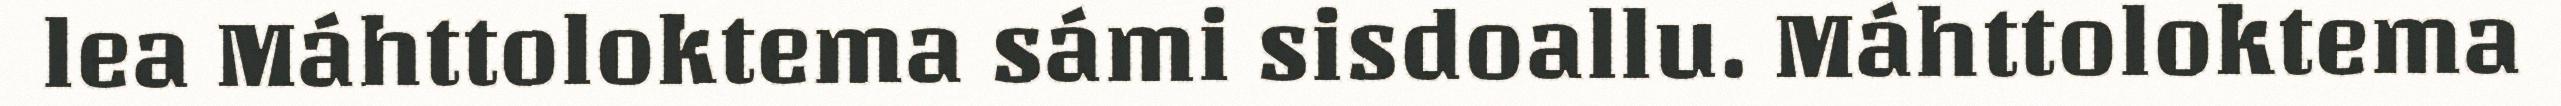
lea Máhttoloktema sámi sisdoallu. Máhttoloktema